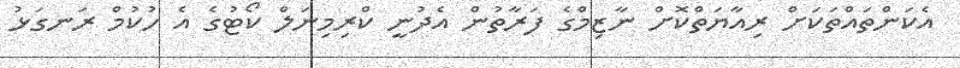
އެކަންތައްތަކަށް ރިއާޔަތްކޮށް ނާޒިމްގެ ފަރާތުން އެދުނީ ކްރިމިނަލް ކޯޓުގެ އެ ހުކުމް ރަނގަޅު